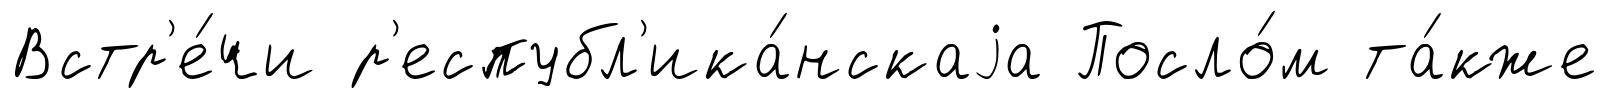
Встр'е́чи р'еспубл'ика́нскаjа Посло́м та́кже